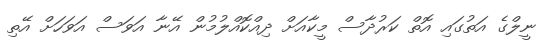
ނީލްގެ އަތުގައި އޮތް ކަރުދާސް މީކާއަށް ދިއްކޮއްލުމުން އޭނާ އަވަސް އަވަހަށް އޭތި